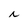
Character: i